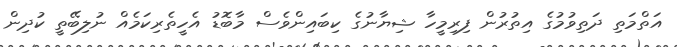
އަތްމަތި ދަތިވުމުގެ އިތުރުން ފިރިމީހާ ޝިޔާނުގެ ކިބައިންވެސް މާބޮޑު އެހީތެރިކަމެއް ނުލިބޭތީ ކުދިން